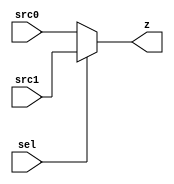
module mux_n (sel, src0, src1, z);
  parameter n = 0;
  input sel;
  input [n-1:0] src0;
  input [n-1:0] src1;
  output reg [n-1:0] z;
  

  always @(sel or src0 or src1)
      begin
        if (sel == 1'b0) z <= src0;
        else z <= src1;
      end
   
endmodule